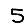
Digit: 5